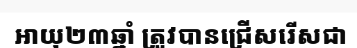
អាយុ២៣ឆ្នាំ ត្រូវបានជ្រើសរើសជា